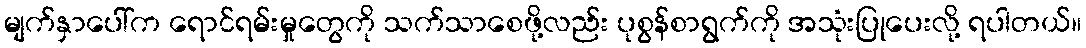
မျက်နှာပေါ်က ရောင်ရမ်းမှုတွေကို သက်သာစေဖို့လည်း ပုစွန်စာရွက်ကို အသုံးပြုပေးလို့ ရပါတယ်။